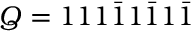
Q = 1 1 1 { \bar { 1 } } 1 { \bar { 1 } } 1 { \bar { 1 } }